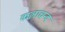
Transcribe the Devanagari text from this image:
कलाचन्द